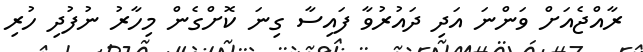
ރާއްޖެއަށް ވަންނަ އަދި ދައުރުވާ ފައިސާ ގިނަ ކޮށްގެން މިހާރު ނުފުދި ހުރި